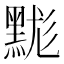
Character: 䵨